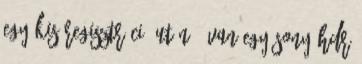
Egy kis regisztráció után – van egy Sony HDR